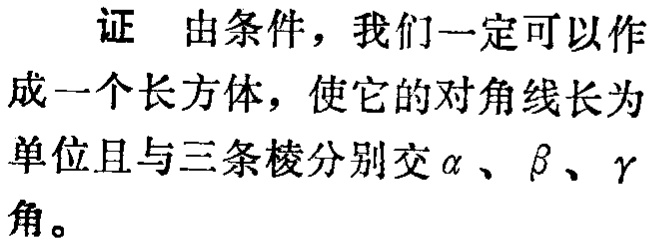
证 由条件，我们一定可以作成一个长方体，使它的对角线长为单位且与三条棱分别交\(\alpha\)、\(\beta\)、\(\gamma\)角。